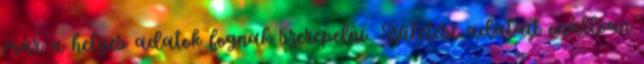
már a helyes adatok fognak szerepelni. Születési adatait önállóan